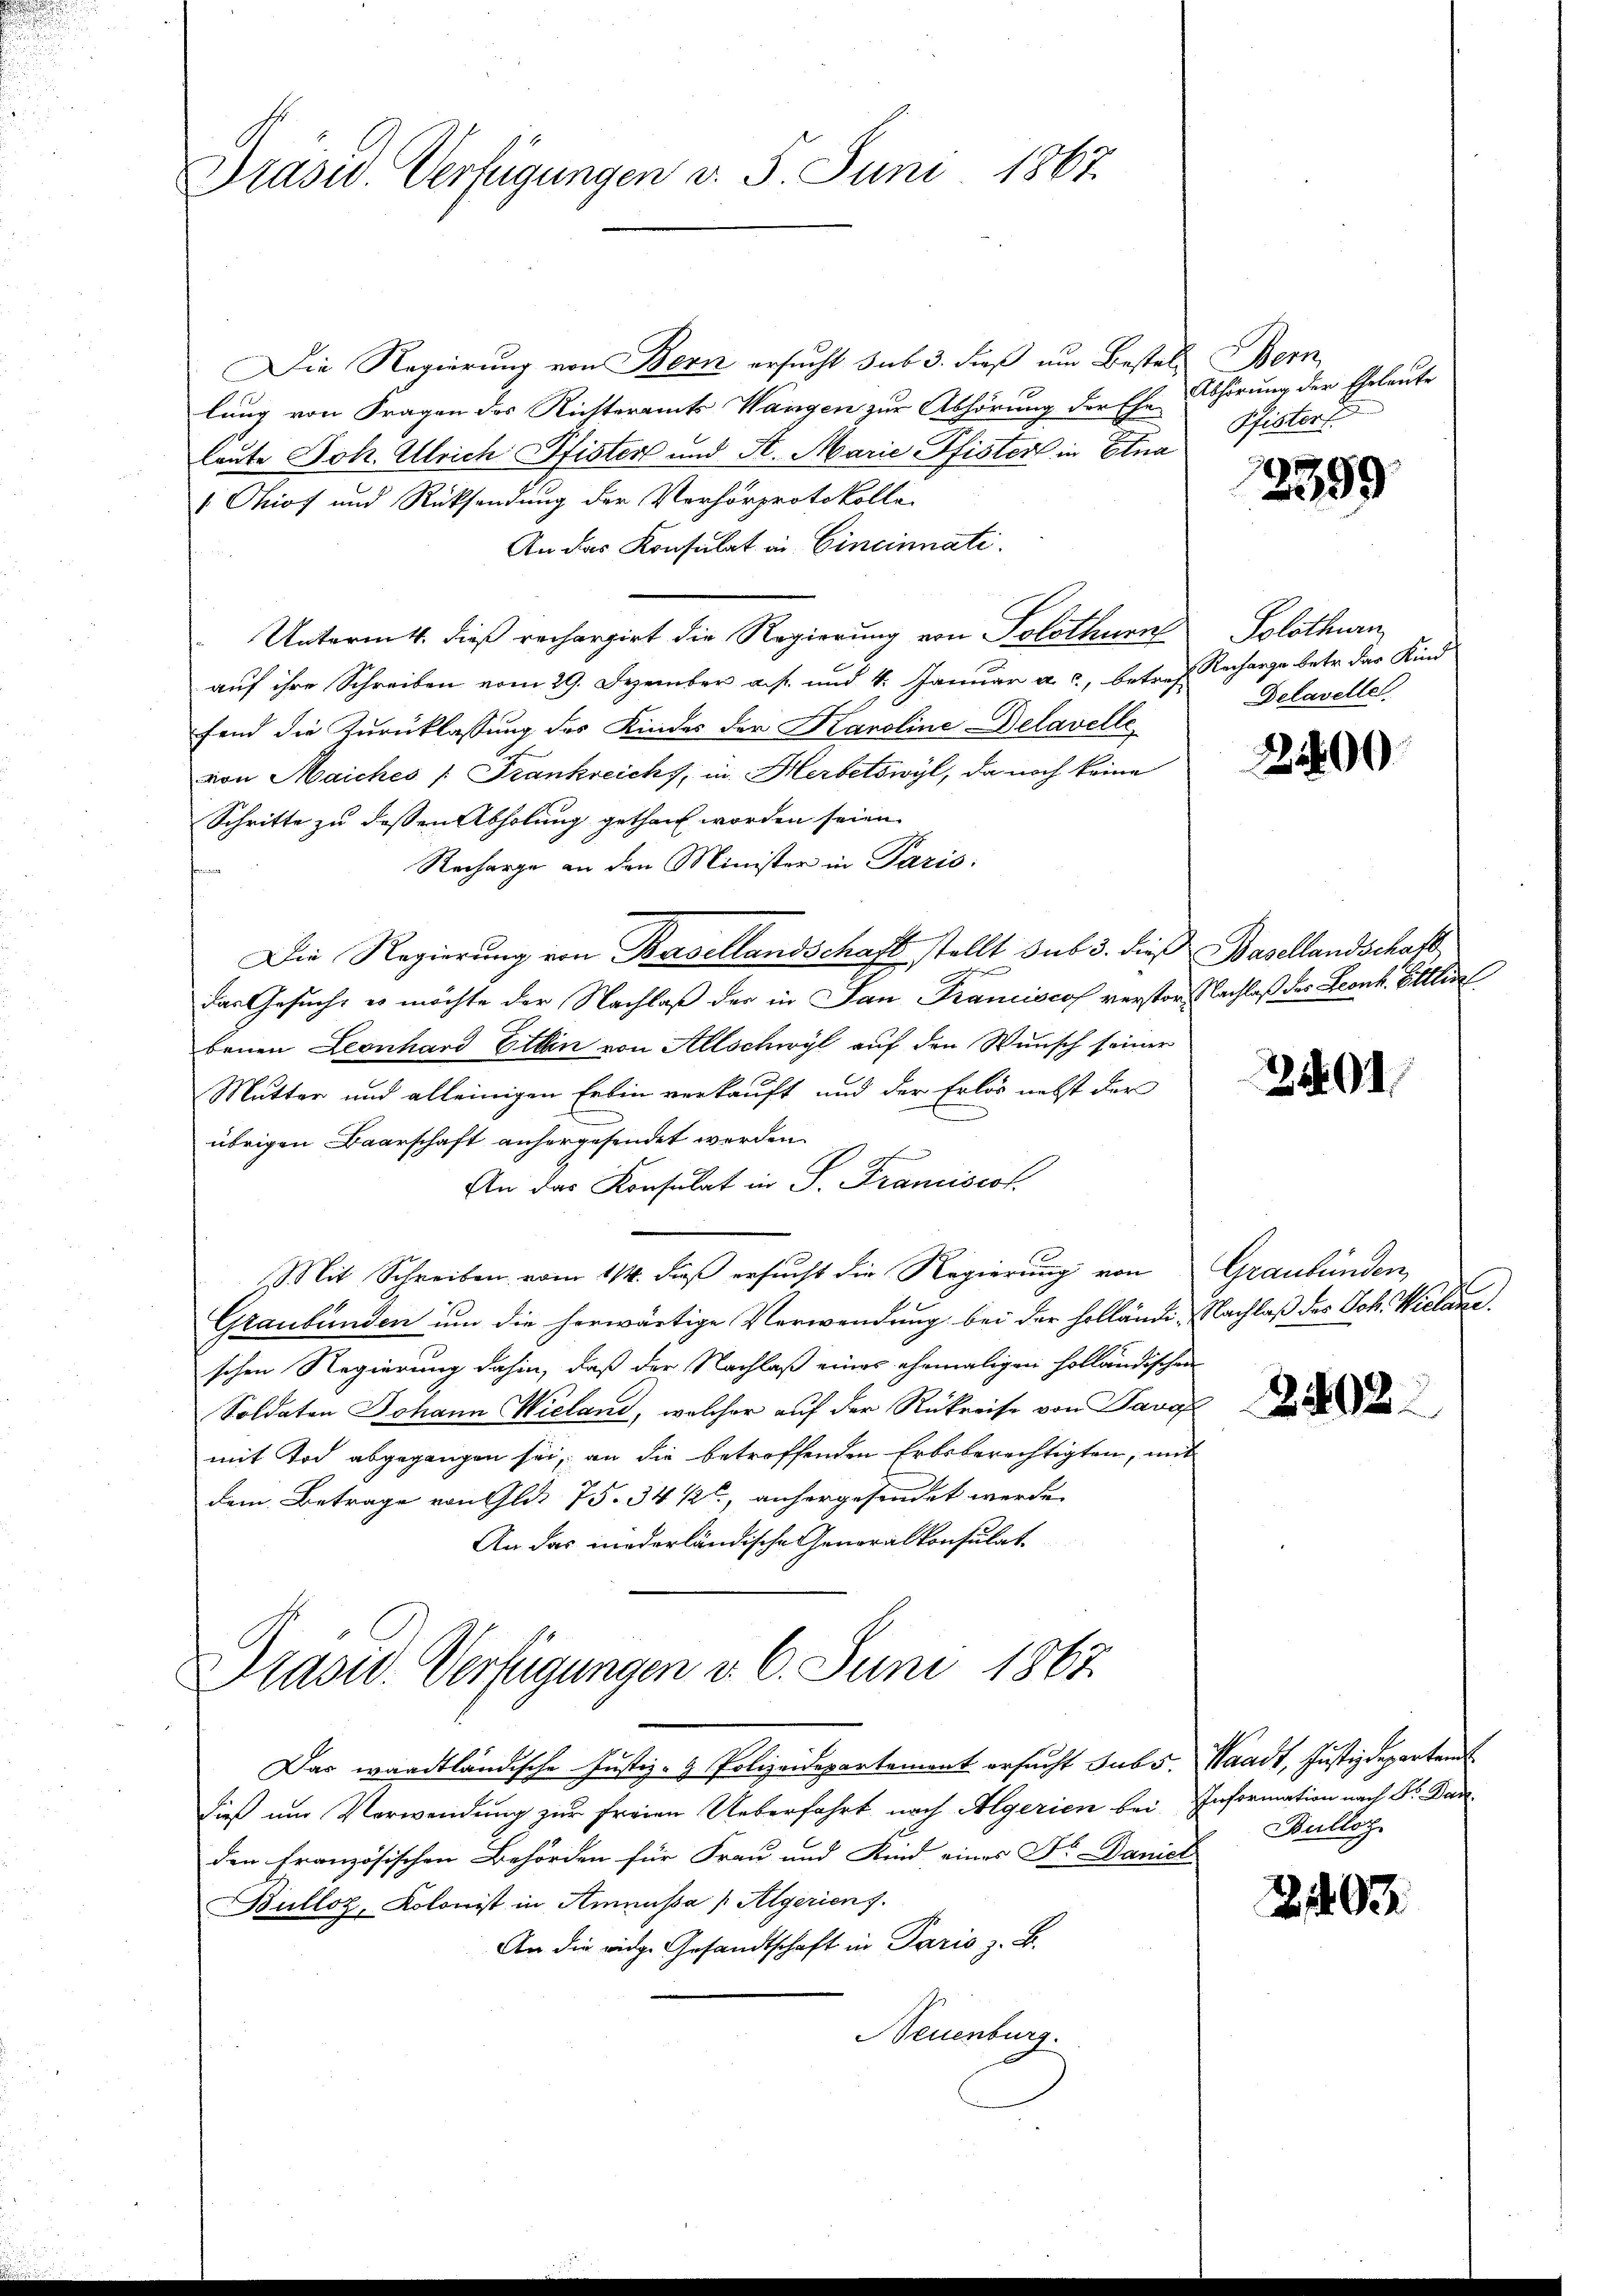
Drasw. Verfügungen v. 3. Juni 1867.

Die Regierŭng von Bern ersŭcht sub 3. dieß um Bestell Bern
lung von Fragen des Richteramts Wangen zur Abhörung der Ehe Abhörung der Eheleute
leute Joh. Ulrich Pfister und St. Marie Pfister in Ana
 Ohiof und Rücksendung der Verhörprotokolle
An das Konsulat in Cincinnati
Untermitt. dieß rechargirt die Regierung von Solothurn Solothurn
auf ihre Schreiben vom 29. Dezember a. f. und 4. Januar a. c., betref Recharge betr. das Kindfend die Zurücklassung des Kindes der Karoline Delavelle
von Maiches /: Frankreichs, in Herbetswyl, da noch keine
Schritte zu deßen Abholung gethant worden seien.
Recharge an den Minister in Paris
Die Regierung von Basellandschaft stellt sub 3. dieß Basellandschaft
2
das Gesuch, es möchte der Nachlaß der in San Franciscof verstor, Nachlaß des Leonk. Etti
bauen Leonhard Etten von Allschwyl auf den Wunsch seiner
Mutter und alleinigen Erbin verkauft und der Erlös nebst der
übrigen Baarschaft anhergesendet werden.
h
An das Konsulat in S. Franciscof
Mit Schreiben vom 114. dieβ ersŭcht die Regierŭng von Graubünden
Graubünden um die herwärtige Verwendung bei der Holländi- Nachlaß des Joh. Wielane.
schen Regierung dahin, daß der Nachlaß eines ehemaligen holländischen
Soldaten Johann Wieland, welcher auf der Rükreise von Davo
mit Tod abgegangen sei, an die betroffenden Erbsberechtigten, mit
dem Betrage von Glas 75. 34 122, anhergesendet werde.
An das inederländische Generalkonsulat

Prasid. Verfügungen d. 6. Juni 1867.

Das wardtländische Justiz- & Polizeidepartement ersucht subs. Waadt, Justizdepartent
Dieß um Verwendung zur freien Ueberfahrt nach Algerien bei Information nach Dr. Badden Französischen Behörden für Frau und Kind eines Dr. Daniel
Bulloz, Kolonist in Annassa /Algerien 7.
An die eidge Gesandtschaft in Paris z. B.
Neuenburg.

Pfisters

3399

Delavelle

2400

240

2402.

Bulloz

2197